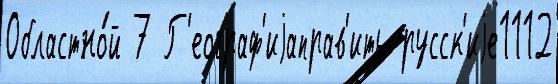
Областно́й 7 Г'еограф'иjаправ'ить русск'иjе1112